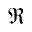
\Re